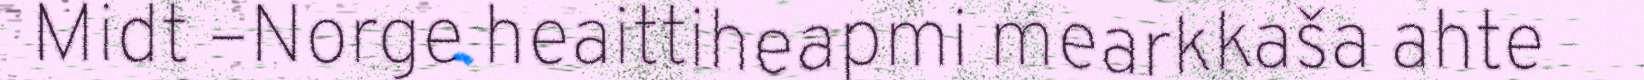
Midt –Norge heaittiheapmi mearkkaša ahte